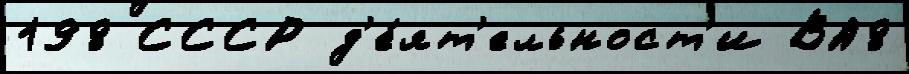
198 СССР д'е́ят'ельност'и ВА8